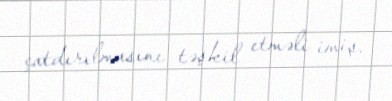
çatdırılmasını təşkil etməli imiş.